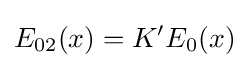
E_{02}(x)=K'E_{0}(x)